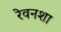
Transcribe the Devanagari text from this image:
रेवनशा